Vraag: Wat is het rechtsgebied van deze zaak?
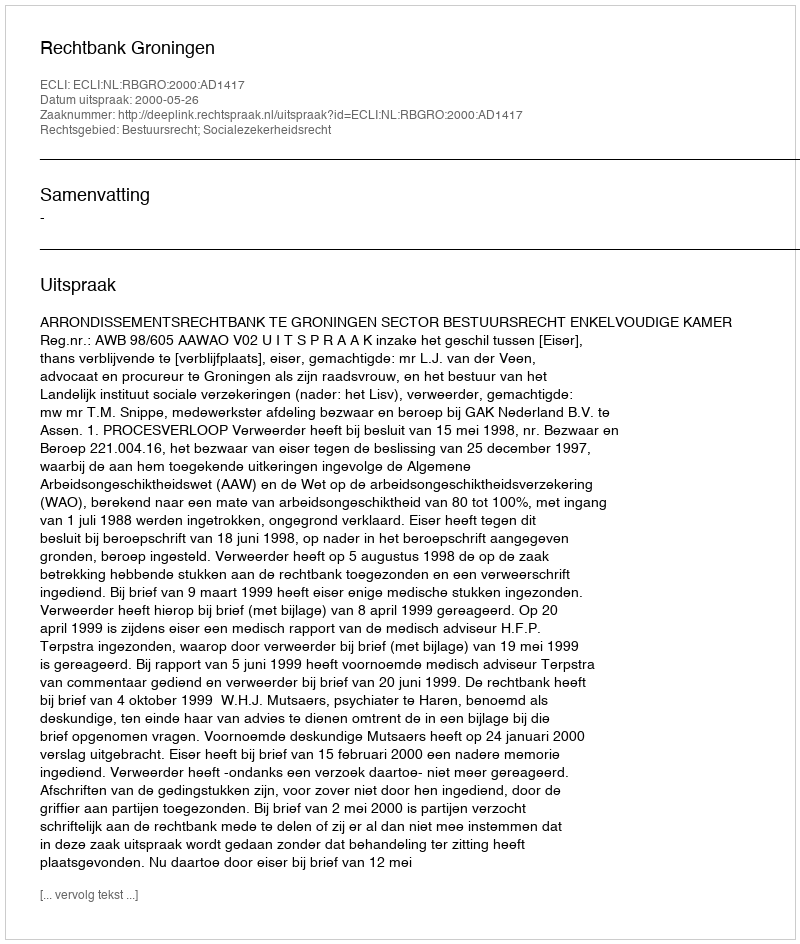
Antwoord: Bestuursrecht; Socialezekerheidsrecht